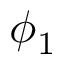
\phi _ { 1 }